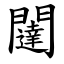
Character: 闥